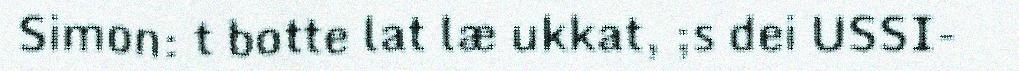
Simon: t botte lat læ ukkat, ;s dei USSI-